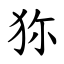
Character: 狝